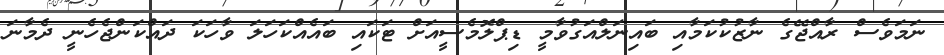
ނަމަވެސް ރާއްޖޭގެ ނާޒުކުކަމާއި ބައިނަލްއަގުވާމީ ޑިޕްލޮމެސީއަށް ޓަކައި ބައެއްކަހަލަ ވާހަކަ ދައްކަންޖެހެނީ ދެމާނަ